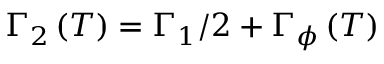
\Gamma _ { 2 } \left( T \right) = \Gamma _ { 1 } / 2 + \Gamma _ { \phi } \left( T \right)